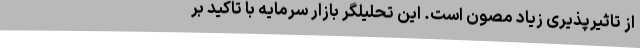
از تاثیرپذیری زیاد مصون است. این تحلیلگر بازار سرمایه با تاکید بر